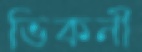
ভিকনী